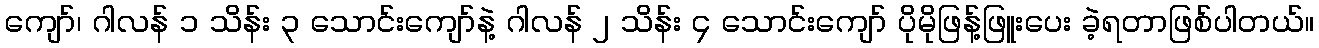
ကျော်၊ ဂါလန် ၁ သိန်း ၃ သောင်းကျော်နဲ့ ဂါလန် ၂ သိန်း ၄ သောင်းကျော် ပိုမိုဖြန့်ဖြူးပေး ခဲ့ရတာဖြစ်ပါတယ်။